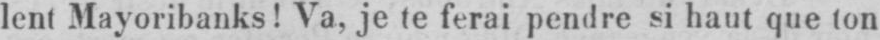
lent Mayoribanks! Va, je te ferai pendre si haut que ton